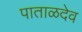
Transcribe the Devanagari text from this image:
पाताळदेव